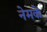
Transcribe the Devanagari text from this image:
नेमकें